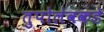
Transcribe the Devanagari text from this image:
तुपोलेवकडे